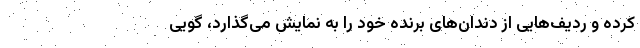
کرده و ردیف‌هایی از دندان‌های برنده خود را به نمایش می‌گذارد، گویی